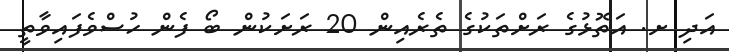
އަދި ށ. އަތޮޅުގެ ރަށްތަކުގެ ތެރެއިން 20 ރަށަކުން ބޯ ފެން ހުސްވެފައިވާތީ